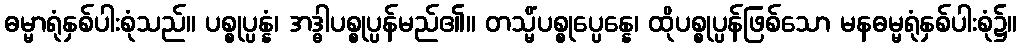
ဓမ္မာရုံနှစ်ပါးစုံသည်။ ပစ္စုပ္ပန္နံ၊ အဒ္ဓါပစ္စုပ္ပန်မည်၏။ တသ္မိံပစ္စုပ္ပေန္နေ၊ ထိုပစ္စုပ္ပန်ဖြစ်သော မနဓမ္မရုံနှစ်ပါးစုံ၌။